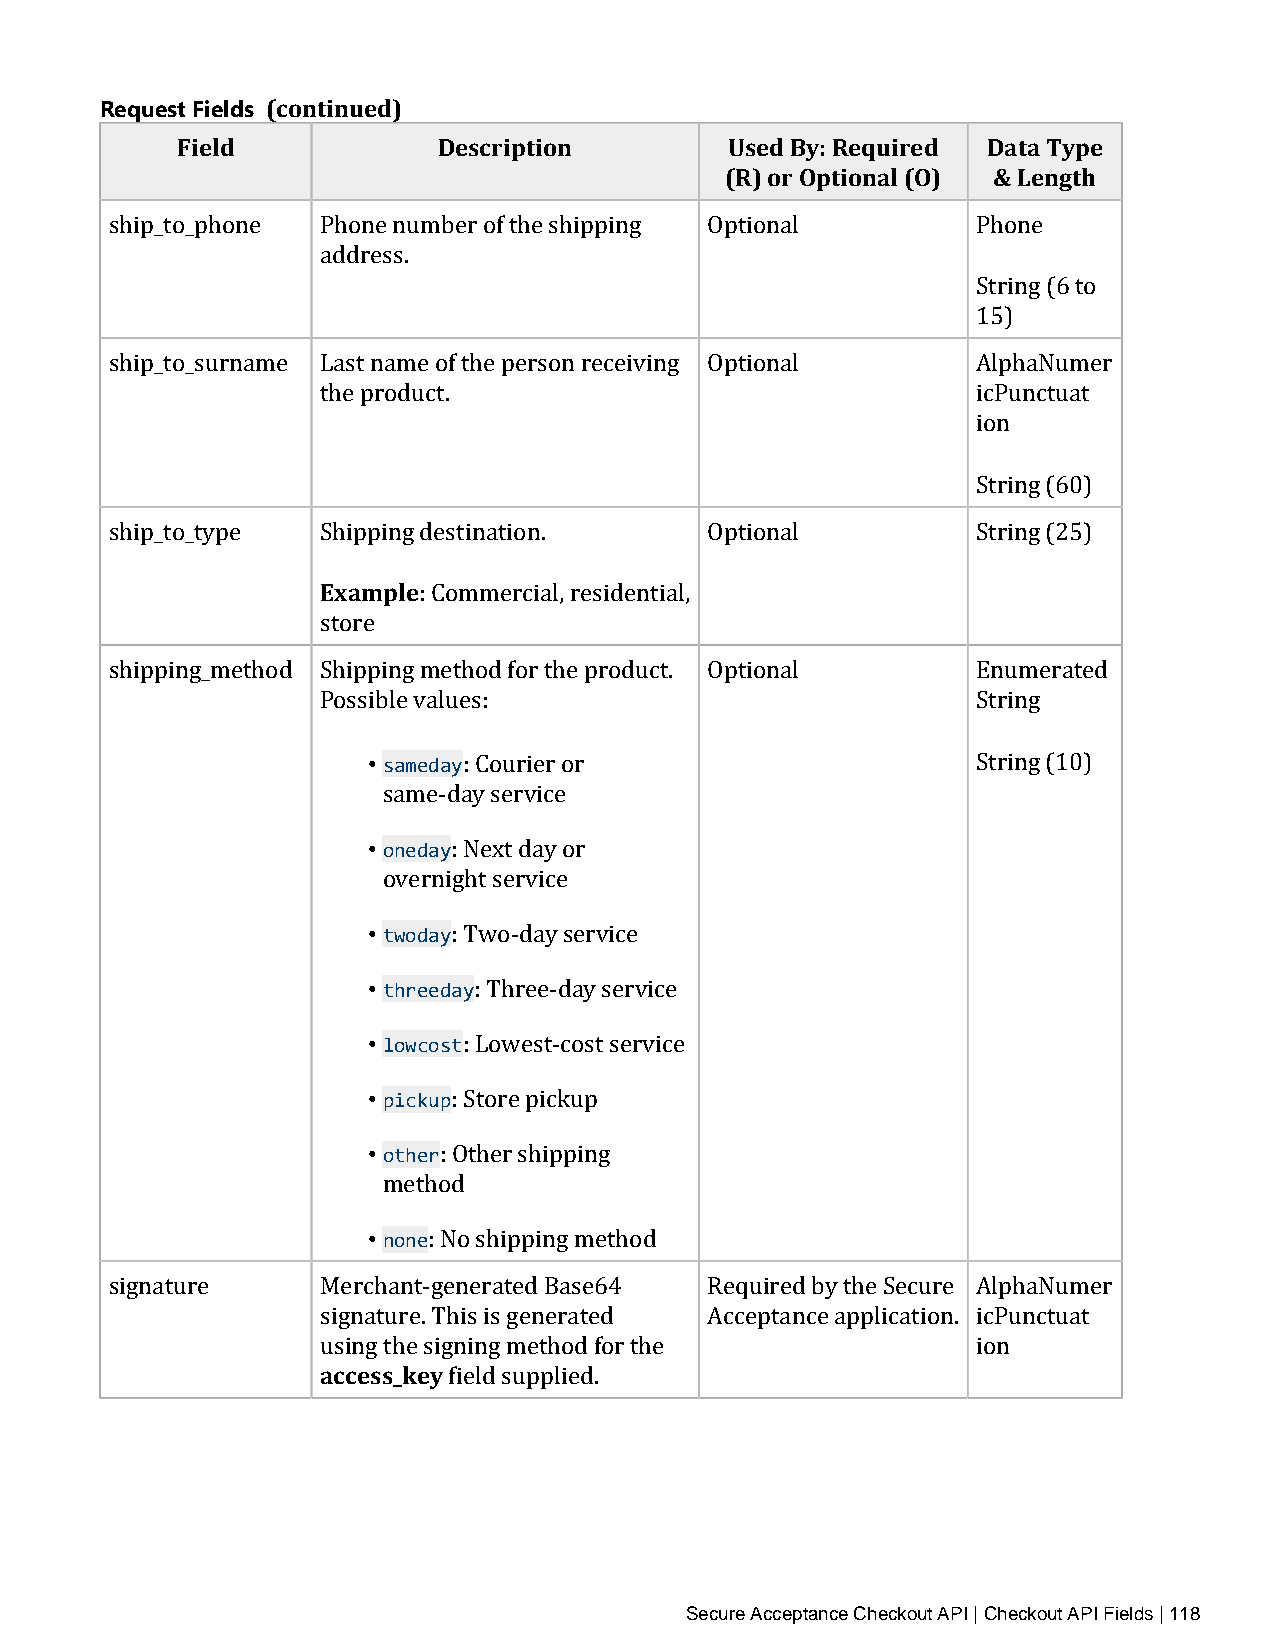
Request Fields (continued)
 Field            Description        Used By: Required Data Type
 (R) or Optional (O) & Length
 ship_to_phone Phone number of the shipping Optional       Phone
 address.
 String (6 to
 15)
 ship_to_surname Last name of the person receiving Optional AlphaNumer
 the product.                                icPunctuat
 ion
 String (60)
 ship_to_type  Shipping destination.     Optional          String (25)
 Example
 : Commercial, residential,
 store
 shipping_method Shipping method for the product. Optional Enumerated
 Possible values:                            String
 • sameday
 : Courier or                      String (10)
 • soanemdea‑yday service
 : Next day or
 • otwvoedranyight service
 • threed:a yTwo‑day service
 • lowcost : Three‑day service
 • pickup : Lowest‑cost service
 • other : Store pickup
 : Other shipping
 • mnoentehod
 : No shipping method
 signature     Merchant‑generated Base64 Required by the Secure AlphaNumer
 saicgcneastsu_rkee. yT his is generated Acceptance application. icPunctuat
 using the signing method for the            ion
 field supplied.
 Secure Acceptance Checkout API | Checkout API Fields | 118